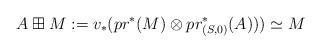
LaTeX: \begin{align*}A\boxplus M:= v_\ast(pr^\ast(M)\otimes pr_{(S,0)}^*(A)))\simeq M\end{align*}